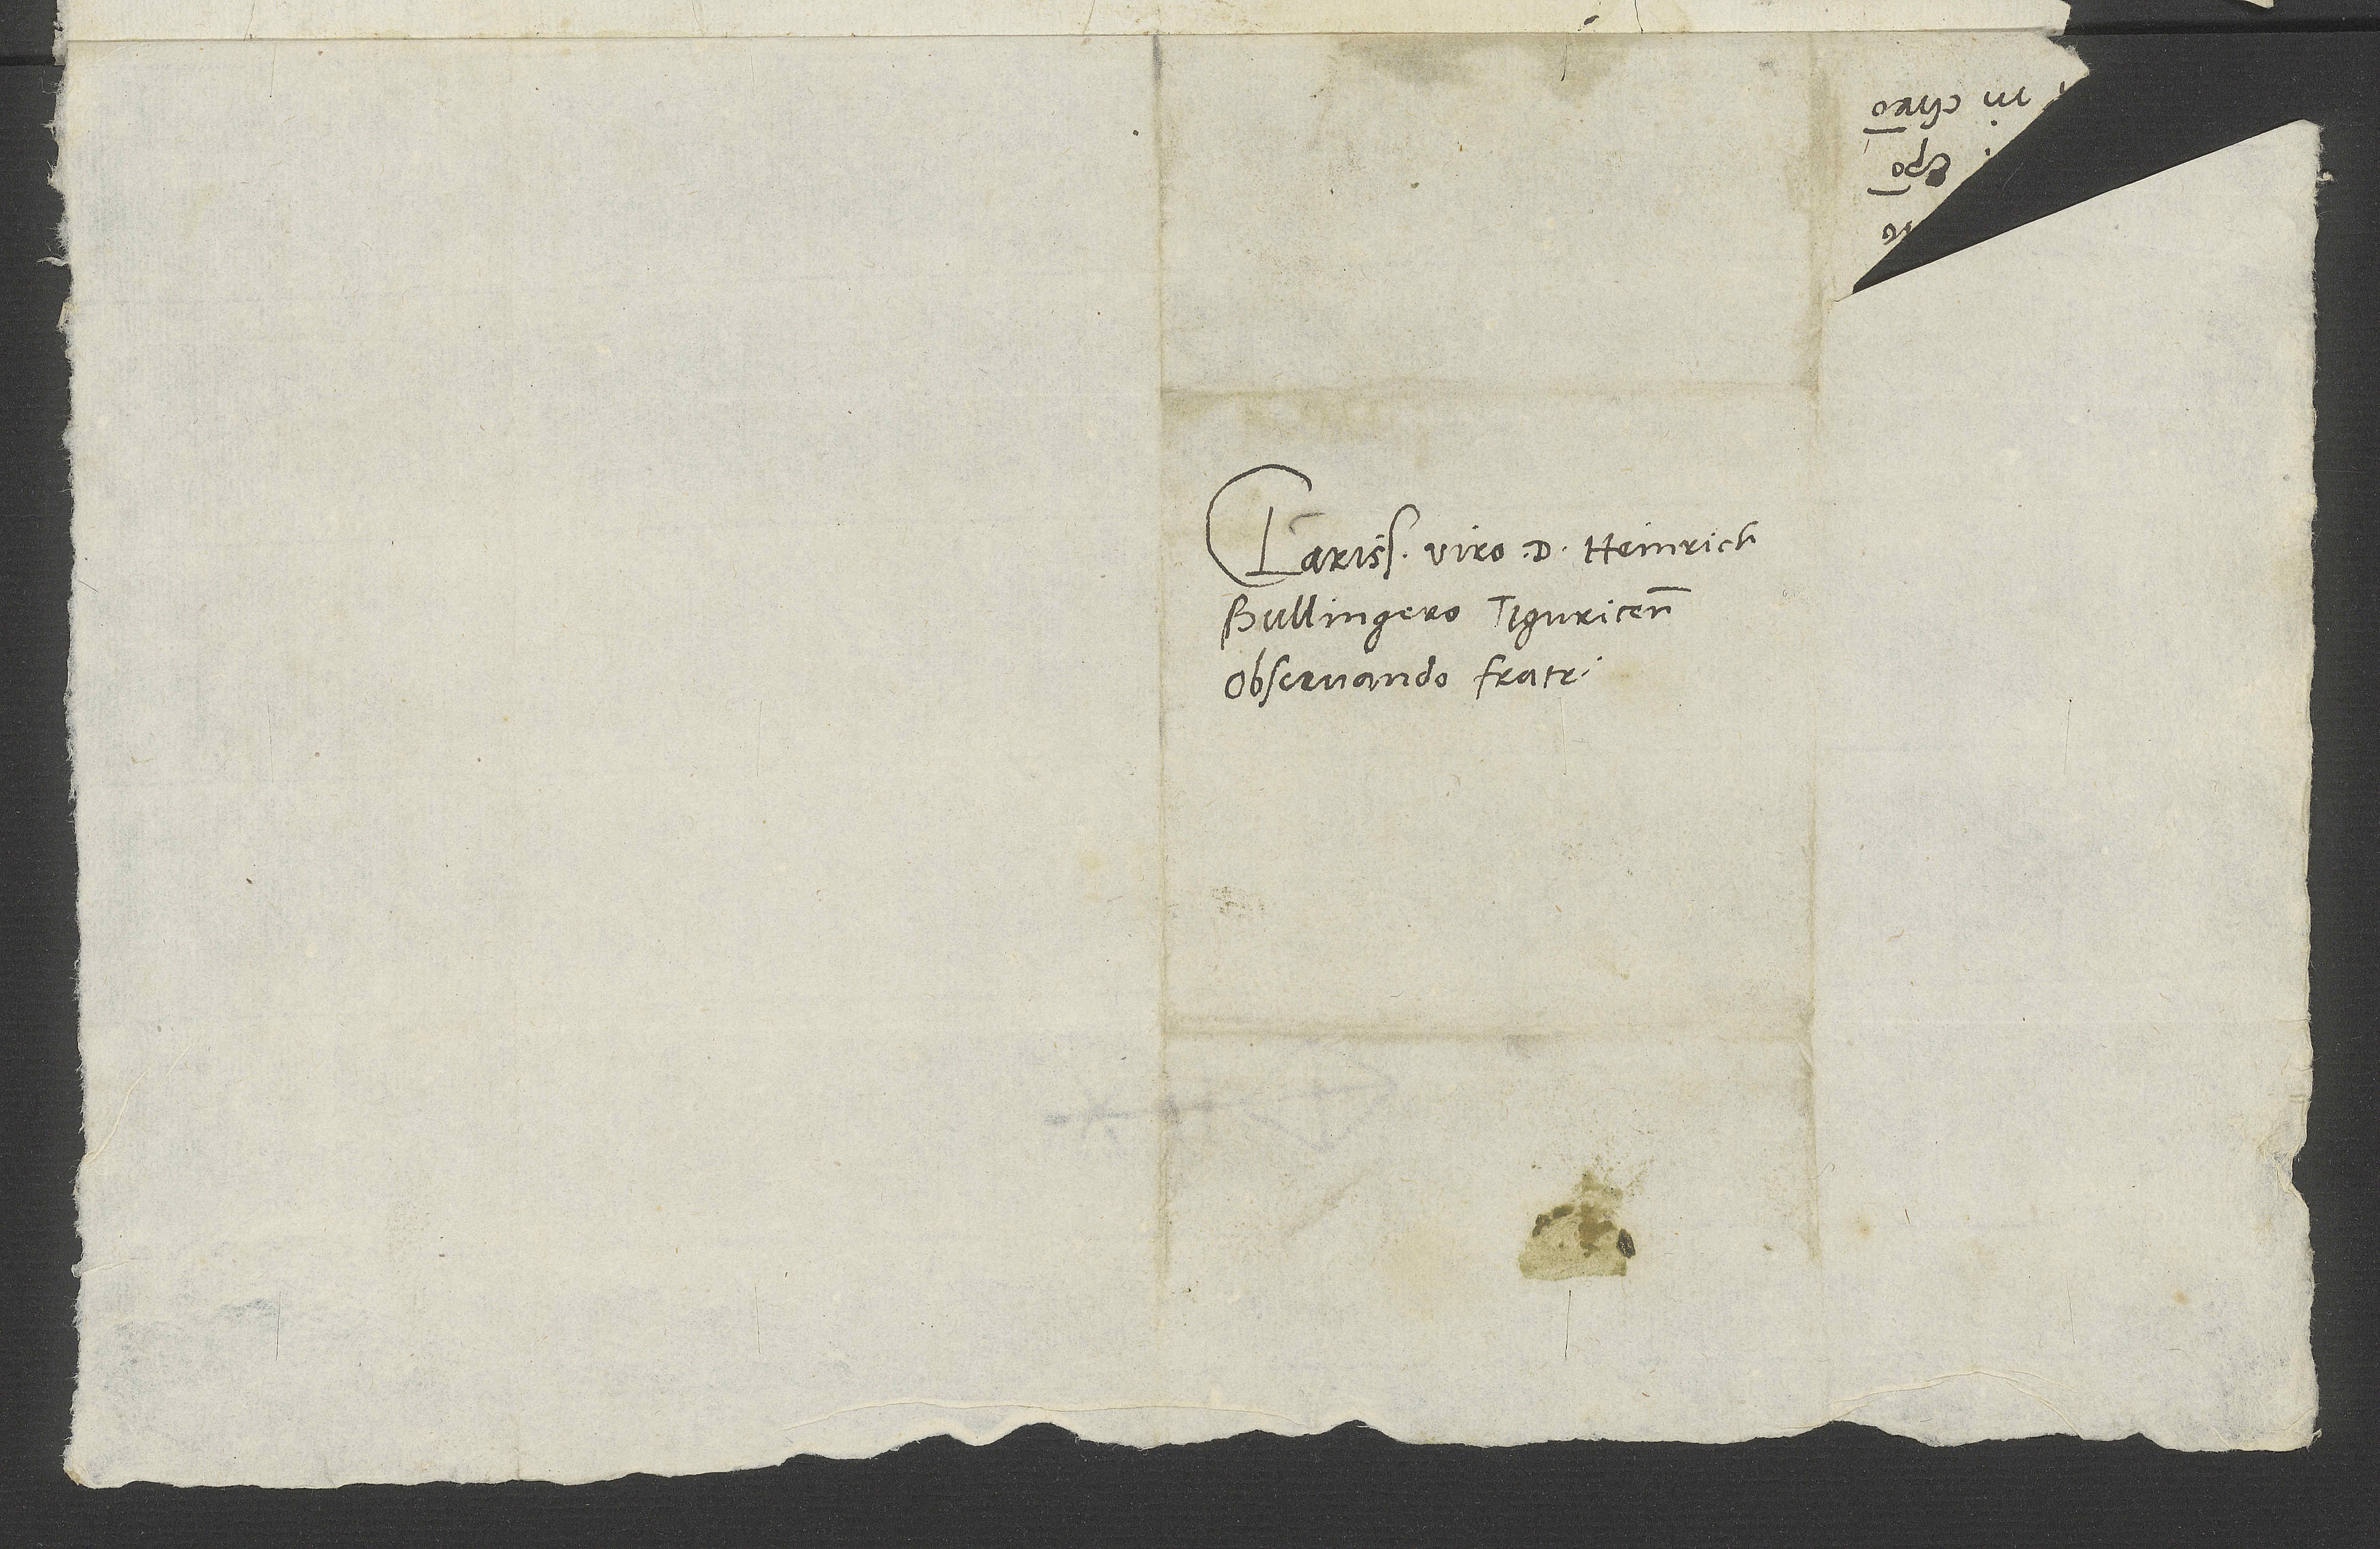
Clarissimo viro d. Heinricho
Bullingero, Tiguricensi
observando fratri